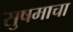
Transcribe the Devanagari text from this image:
सुषमाचा